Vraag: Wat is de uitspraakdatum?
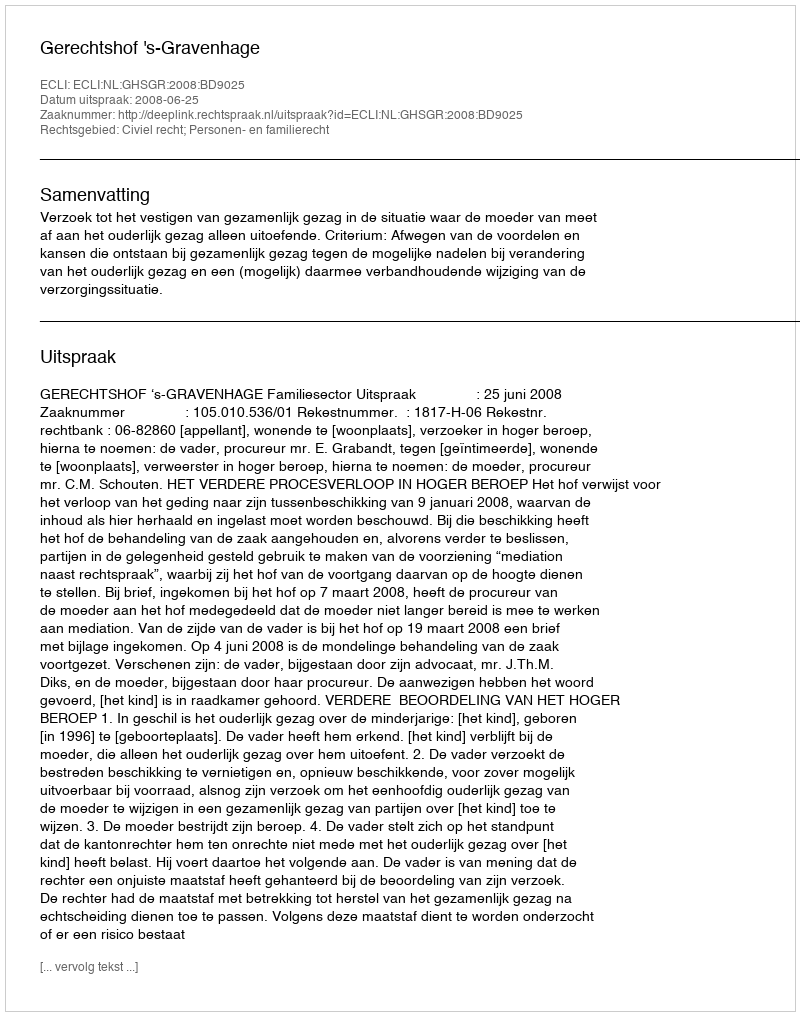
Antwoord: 2008-06-25